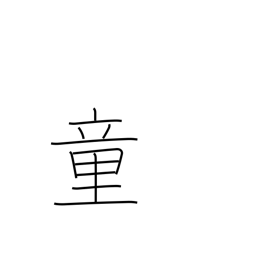
Meaning: juvenile